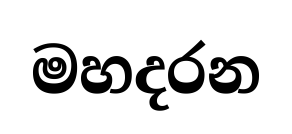
මහදරන